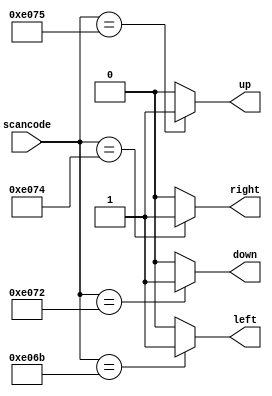
//////////////////////////////////////////////////

//  https://bbs.wstx.com/thread-183993-1-1.html

//////////////////////////////////////////////////


// synthesis verilog_input_version verilog_2001
module top_module (
    input [15:0] scancode,
    output reg left,
    output reg down,
    output reg right,
    output reg up  ); 

    always @(*) begin
        case (scancode)
            16'he06b:begin
                left <= 1;
                right<= 0;
                up   <= 0;
                down <= 0;  
            end
            16'he072:begin
                left <= 0;
                right<= 0;
                up   <= 0;
                down <= 1;  
            end
            16'he074:begin
                left <= 0;
                right<= 1;
                up   <= 0;
                down <= 0;  
            end
            16'he075:begin
                left <= 0;
                right<= 0;
                up   <= 1;
                down <= 0;  
            end
            default :begin
                left <= 0;
                right<= 0;
                up   <= 0;
                down <= 0;  
            end                      
        endcase
    end
endmodule


//////////////////////////////////////////////////